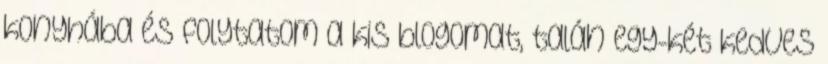
konyhába és folytatom a kis blogomat, talán egy-két kedves